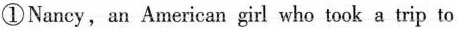
①Nancy, an American girl who took a trip to